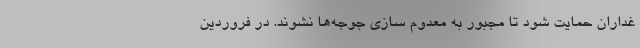
غداران حمایت شود تا مجبور به معدوم سازی جوجه‌ها نشوند. در فروردین